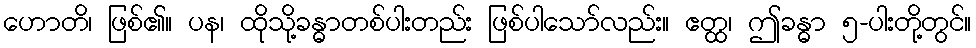
ဟောတိ၊ ဖြစ်၏။ ပန၊ ထိုသို့ခန္ဓာတစ်ပါးတည်း ဖြစ်ပါသော်လည်း။ ဧတ္ထ၊ ဤခန္ဓာ ၅-ပါးတို့တွင်။